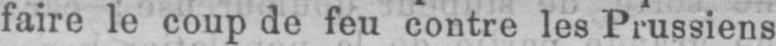
faire le coup de feu contre les Prussiens